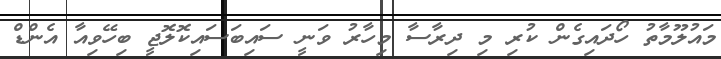
މައުލޫމާތު ހޯދައިގެން ކުރި މި ދިރާސާ މިހާރު ވަނީ ސައިބަސައިކޮލޮޖީ ބިހޭވިއާ އެންޑް